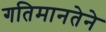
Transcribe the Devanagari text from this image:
गतिमानतेने